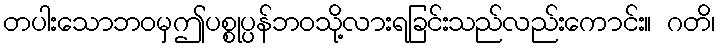
တပါးသောဘဝမှဤပစ္စုပ္ပန်ဘဝသို့လားရခြင်းသည်လည်းကောင်း။ ဂတိ၊